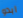
ابدو